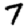
Digit: 7